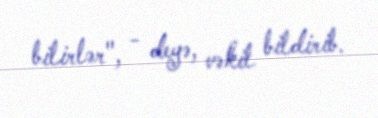
bilirlər", - deyə, vəkil bildirib.